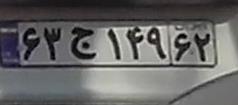
۶۲ج۱۴۹۶۳